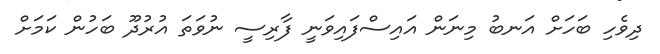
ދިވެހި ބަހަށް އަނބު މިނަން އައިސްފައިވަނީ ފާރިސީ ނުވަތަ އުރުދޫ ބަހުން ކަމަށް